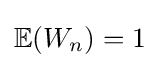
\mathbb {E} (W_{n})=1